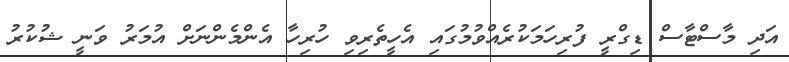
އަދި މާސްޓާސް ޑިގްރީ ފުރިހަމަކުރެއްވުމުގައި އެހީތެރިވި ހުރިހާ އެންމެންނަށް އުމަރު ވަނީ ޝުކުރު